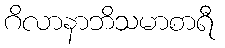
ဂိလာနာဘိသမာစာရီ